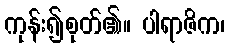
ကုန်း၍စုတ်၏။ ပါရာဇိက၊